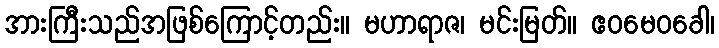
အားကြီးသည်အဖြစ်ကြောင့်တည်း။ မဟာရာဇ၊ မင်းမြတ်။ ဧဝမေဝခေါ၊